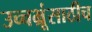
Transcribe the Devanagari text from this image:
उच्चभ्रूंसाठीच